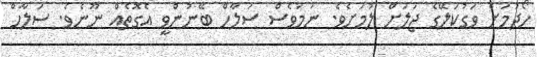
ހޯދުމަށް ވަގުކަލޭގެ ޖަލަށް ލުމަށެވެ. ނަމަވެސް ސަލާހް ބޭނުންވީ އެގޮތެއް ނޫނެވެ. ސަލާހް